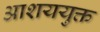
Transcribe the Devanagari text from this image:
आशययुक्त